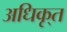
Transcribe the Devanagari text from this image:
अधिकृ्त